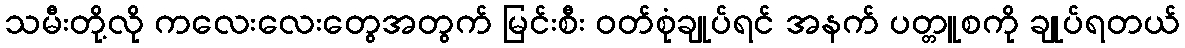
သမီးတို့လို ကလေးလေးတွေအတွက် မြင်းစီး ဝတ်စုံချုပ်ရင် အနက် ပတ္တူစကို ချုပ်ရတယ်